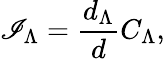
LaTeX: \mathscr{I}_{\Lambda}={\frac{{d_{\Lambda}}}{{d}}}C_{\Lambda},